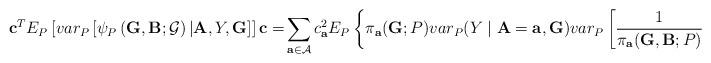
LaTeX: \begin{align*}\mathbf{c}^{T}E_{P}\left[ var_{P}\left[ \mathbf{\psi }_{P}\left( \mathbf{G,B};\mathcal{G}\right) |\mathbf{A},Y,\mathbf{G}\right] \right] \mathbf{c=}\sum_{\mathbf{a}\in \mathcal{A}}c_{\mathbf{a}}^{2}E_{P}\left\{ \pi _{\mathbf{a}}(\mathbf{G};P)var_{P}(Y\mid \mathbf{A}=\mathbf{a},\mathbf{G})var_{P}\left[ \frac{1}{\pi _{\mathbf{a}}(\mathbf{G,B};P)}\mid \mathbf{A=a},\mathbf{G}\right] \right\}.\end{align*}